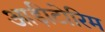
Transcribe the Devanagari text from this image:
आड़ीटोरिम